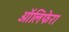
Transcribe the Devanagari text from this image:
ऑलिफेरा